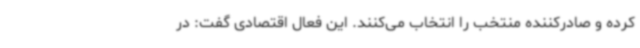
کرده و صادرکننده منتخب را انتخاب می‌کنند. این فعال اقتصادی گفت: در